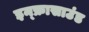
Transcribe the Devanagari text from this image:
इन्फ्रासाउंड